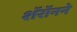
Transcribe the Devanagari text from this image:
शॅरॉनने